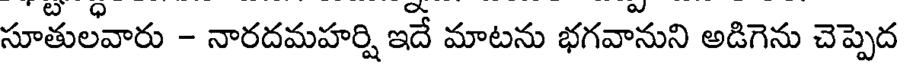
సూతులవారు - నారదమహర్షి ఇదే మాటను భగవానుని అడిగెను చెప్పెద